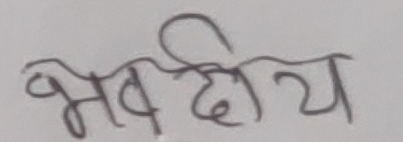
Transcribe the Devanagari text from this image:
भवदीय